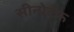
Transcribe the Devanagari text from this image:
सीनोटॅफ